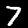
Digit: 7